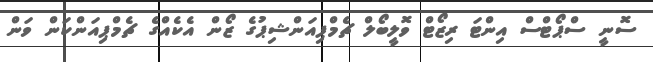
ސޮނީ ސްޕޯޓްސް އިންޓަ ރިޒޯޓް ވޮލީބޯލް ޗެމްޕިއަންޝިޕުގެ ޒޯން އެކެއްގެ ޗެމްޕިއަންކަން ވަން